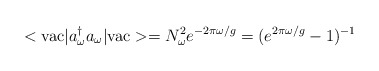
\begin{align*}<{\rm vac} | a_\omega^\dagger a_\omega|{\rm vac}> = N_\omega^2 e^{-2\pi \omega/g} = (e^{2\pi \omega/g}-1)^{-1}\end{align*}